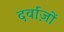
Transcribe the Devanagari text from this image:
दर्वाज़ों